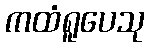
ကထံရူပေသု